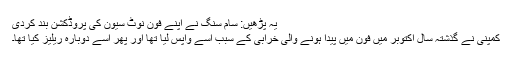
یہ پڑھیں: سام سنگ نے اپنے فون نوٹ سیون کی پروڈکشن بند کردی
کمپنی نے گذشتہ سال اکتوبر میں فون میں پیدا ہونے والی خرابی کے سبب اسے واپس لیا تھا اور پھر اسے دوبارہ ریلیز کیا تھا۔